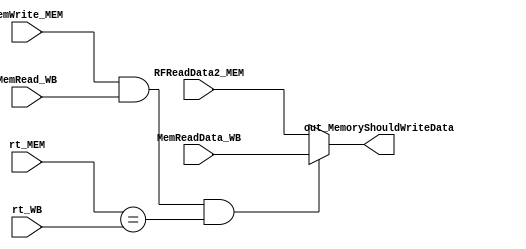
module MEMForwardingUnit (
    input [4:0] rt_MEM,
    input [4:0] rt_WB,
    input MemWrite_MEM,
    input MemRead_WB,
    input [31:0] RFReadData2_MEM,
    input [31:0] MemReadData_WB,
    output [31: 0] out_MemoryShouldWriteData
);
    
assign out_MemoryShouldWriteData = (MemWrite_MEM && MemRead_WB && rt_MEM == rt_WB)? MemReadData_WB: RFReadData2_MEM;

endmodule